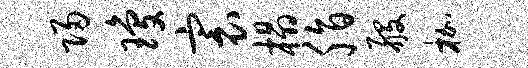
归琼寰榻脂般枷